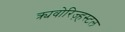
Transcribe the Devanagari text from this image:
क्र्यवोरिज़्हस्टल